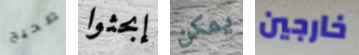
صحيح إبحثوا يمكن خارجين